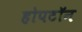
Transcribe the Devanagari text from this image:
होपटॉन